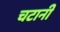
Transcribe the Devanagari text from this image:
चटानी